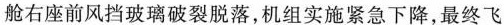
舱右座前风挡玻璃破裂脱落，机组实施紧急下降，最终飞